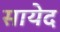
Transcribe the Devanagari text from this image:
सायेद